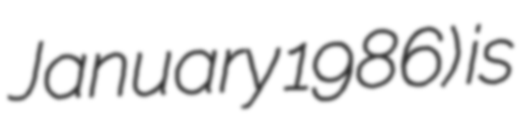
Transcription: January 1986) is